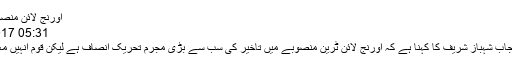
اورنج لائن منصوبے کی بحالی کے
05:31 PM, 8 Dec, 2017
لاہور: خادم اعلیٰ پنجاب شہباز شریف کا کہنا ہے کہ اورنج لائن ٹرین منصوبے میں تاخیر کی سب سے بڑی مجرم تحریک انصاف ہے لیکن قوم انہیں معاف نہیں کرے گی۔